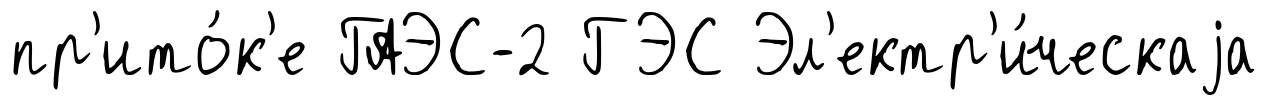
пр'ито́к'е ГАЭС-2 ГЭС Эл'ектр'и́ческаjа